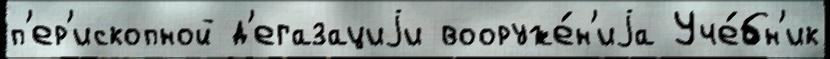
п'ер'ископной д'егазациjи вооруже́н'иjа Уче́бн'ик